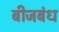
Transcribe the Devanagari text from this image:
बीजबंध